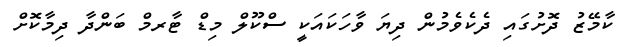
ކާމޭޒު ދޮށުގައި ދެކެވެމުން ދިޔަ ވާހަކައަކީ ސްކޫލް މިޑް ޓާރމް ބަންދާ ދިމާކޮށް